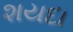
શયદા